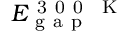
E _ { \mathrm { ~ g ~ a ~ p ~ } } ^ { \mathrm { ~ 3 ~ 0 ~ 0 ~ \, ~ K ~ } }